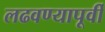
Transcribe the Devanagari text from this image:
लढवण्यापूर्वी